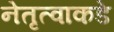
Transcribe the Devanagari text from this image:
नेतृत्वाकडे